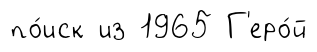
по́иск из 1965 Г'еро́й